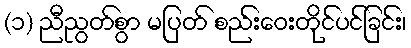
(၁) ညီညွတ်စွာ မပြတ် စည်းဝေးတိုင်ပင်ခြင်း၊